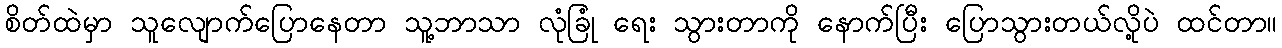
စိတ်ထဲမှာ သူလျောက်ပြောနေတာ သူ့ဘာသာ လုံခြုံ ရေး သွားတာကို နောက်ပြီး ပြောသွားတယ်လို့ပဲ ထင်တာ။